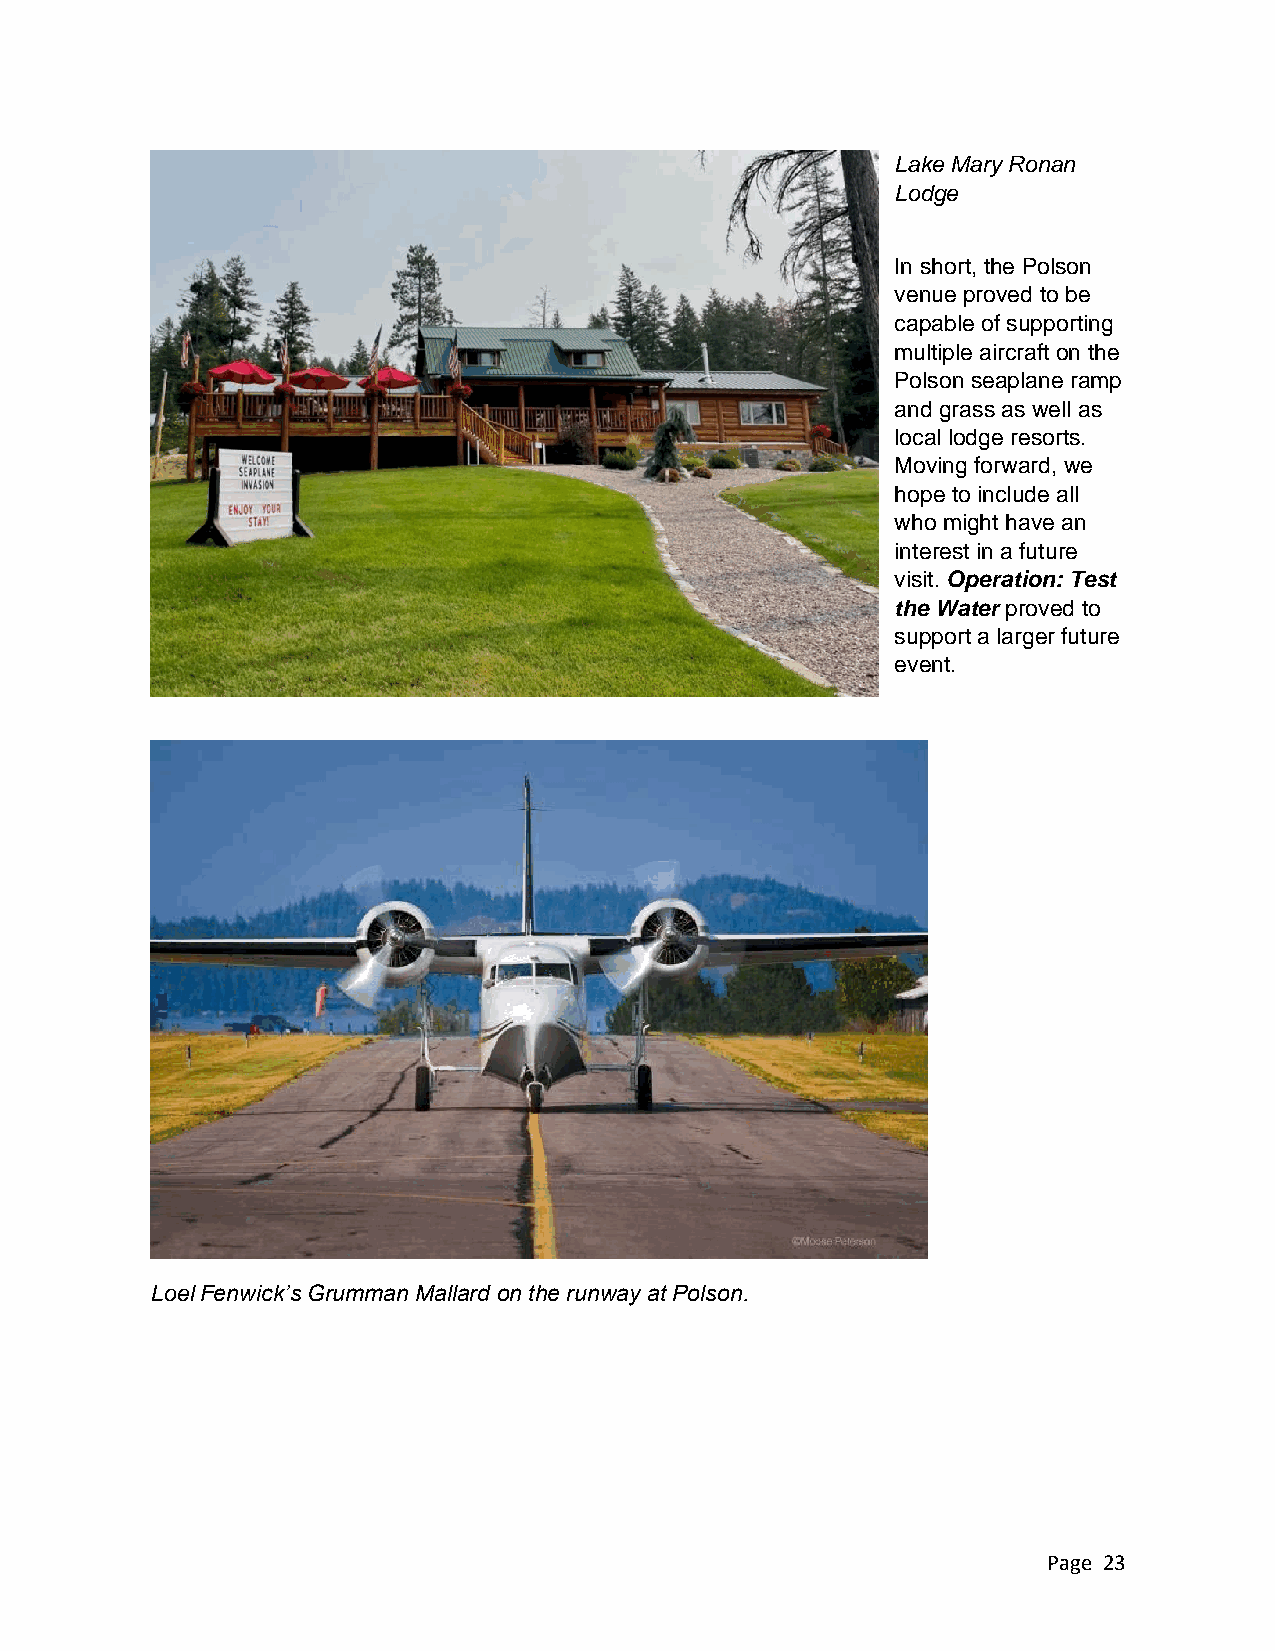
Lake Mary Ronan
 Lodge
 In short, the Polson
 venue proved to be
 capable of supporting
 multiple aircraft on the
 Polson seaplane ramp
 and grass as well as
 local lodge resorts.
 Moving forward, we
 hope to include all
 who might have an
 interest in a future
 visit. Operation: Test
 the Water proved to
 support a larger future
 event.
 Loel Fenwick’s Grumman Mallard on the runway at Polson.
 Page 23